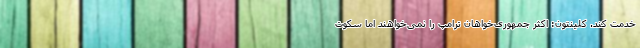
خدمت کند. کلینتون: اکثر جمهوری‌خواهان ترامپ را نمی‌خواهند اما سکوت